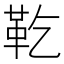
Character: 䩐